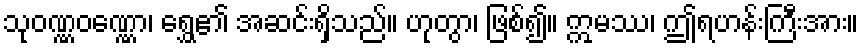
သုဝဏ္ဏဝဏ္ဏော၊ ရွှေ၏ အဆင်းရှိသည်။ ဟုတွာ၊ ဖြစ်၍။ ဣမဿ၊ ဤရဟန်းကြီးအား။